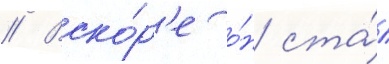
// Вско́р'е о́н ста́л